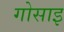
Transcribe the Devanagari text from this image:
गोसाइ